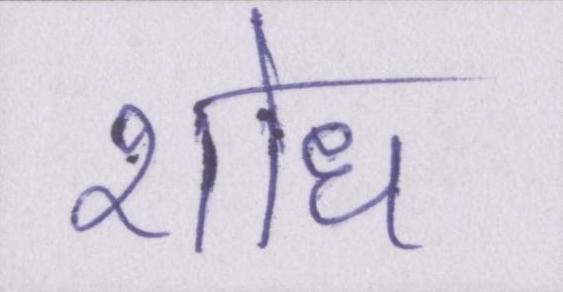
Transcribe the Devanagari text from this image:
शोध